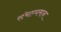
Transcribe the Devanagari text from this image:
संभाव्यमान